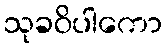
သုခဝိပါကော